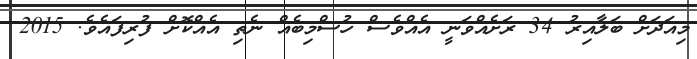
މިއަދަށް ބަލާއިރު 34 ރަށެއްވަނީ އެއްވެސް ހުސްމިބެއް ނެތި އެއްކޮށް ފުރިފައެވެ. 2015